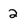
Character: 2